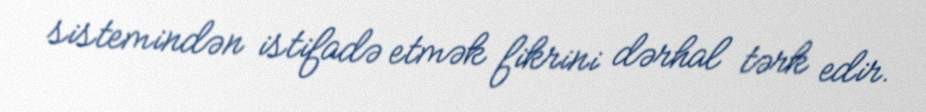
sistemindən istifadə etmək fikrini dərhal tərk edir.